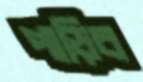
পাড়িব